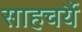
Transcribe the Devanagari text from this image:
साहचर्यै